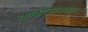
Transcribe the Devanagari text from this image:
काढण्याकरता